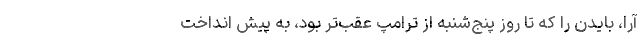
آرا، بایدن را که تا روز پنج‌شنبه از ترامپ عقب‌تر بود، به پیش انداخت